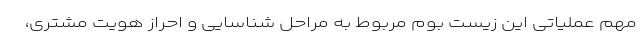
مهم عملیاتی این زیست بوم مربوط به مراحل شناسایی و احراز هویت مشتری،